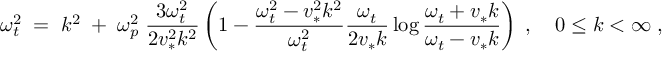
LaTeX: { \omega _ { t } ^ { 2 } \; = \; k ^ { 2 } \; + \; \omega _ { p } ^ { 2 } \; { \frac { 3 \omega _ { t } ^ { 2 } } { 2 v _ { * } ^ { 2 } k ^ { 2 } } } \left( 1 - { \frac { \omega _ { t } ^ { 2 } - v _ { * } ^ { 2 } k ^ { 2 } } { \omega _ { t } ^ { 2 } } } { \frac { \omega _ { t } } { 2 v _ { * } k } } \log { \frac { \omega _ { t } + v _ { * } k } { \omega _ { t } - v _ { * } k } } \right) \; , \quad 0 \leq k < \infty \; , }